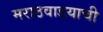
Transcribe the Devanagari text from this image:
मराठवाडयाची